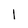
Character: I